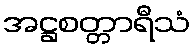
အဋ္ဌစတ္တာရီသံ